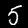
Digit: 5